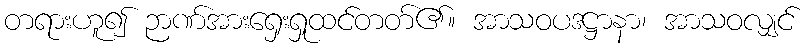
တရားဟူ၍ ဉာဏ်အားရှေးရှုထင်တတ်၏။ အာသဝပဒဋ္ဌာနာ၊ အာသဝလျှင်